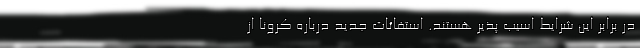
در برابر این شرایط اسیب پذیر هستند. استفائات جدید درباره کرونا از